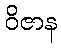
ဝိဇာန